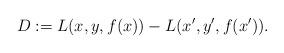
LaTeX: \begin{align*} D := L(x, y, f(x)) - L(x', y', f(x')).\end{align*}